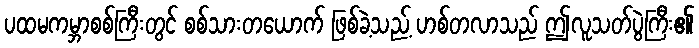
ပထမကမ္ဘာစစ်ကြီးတွင် စစ်သားတယောက် ဖြစ်ခဲ့သည့် ဟစ်တလာသည် ဤလူသတ်ပွဲကြီး၏